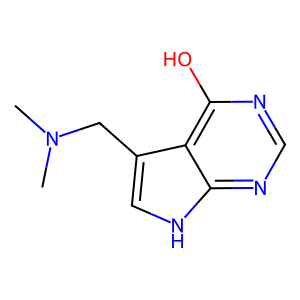
SMILES: CN(C)Cc1c[nH]c2ncnc(O)c12
Inhibits HIV replication: No